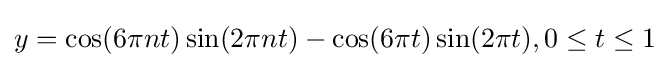
y=\cos(6\pi nt)\sin(2\pi nt)-\cos(6\pi t)\sin(2\pi t),0\leq t\leq 1